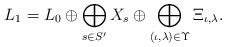
\begin{align*}L_1=L_0\oplus \bigoplus_{s\in S'} X_s \oplus \bigoplus_{(\iota,\lambda)\in\Upsilon}\Xi_{\iota,\lambda}.\end{align*}